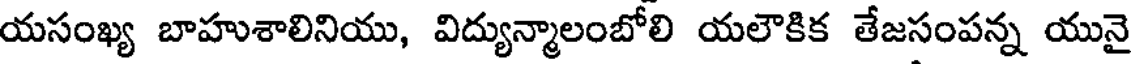
యసంఖ్య బాహుశాలినియు, విద్యున్మాలంబోలి యలౌకిక తేజసంపన్న యునై